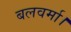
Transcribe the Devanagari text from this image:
बलवर्मा।